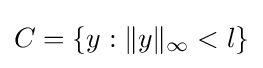
{\textstyle C=\{y:\|y\|_{\infty }<l\}}